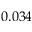
0 . 0 3 4